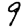
Digit: 9